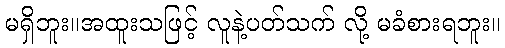
မရှိဘူး။အထူးသဖြင့် လူနဲ့ပတ်သက် လို့ မခံစားရဘူး။